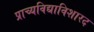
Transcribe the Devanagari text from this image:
प्राच्यविद्याविशारद